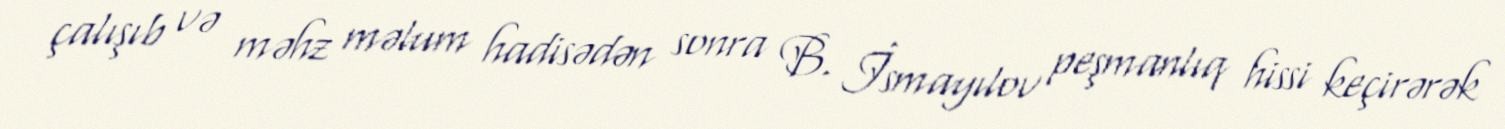
çalışıb və məhz məlum hadisədən sonra B. İsmayılov peşmanlıq hissi keçirərək